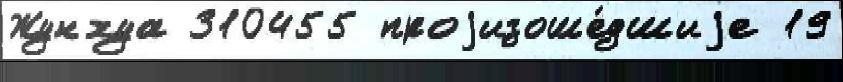
Жунхуа 310455 проjизоше́дшиjе 19